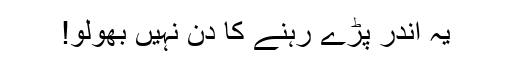
یہ اندر پڑے رہنے کا دن نہیں بھولو!